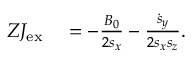
\begin{array} { r l } { Z J _ { \mathrm { e x } } } & { { } = - \frac { B _ { 0 } } { 2 s _ { x } } - \frac { \dot { s } _ { y } } { 2 s _ { x } s _ { z } } . } \end{array}